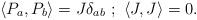
LaTeX: \begin{align*}\langle P_{a}, P_{b} \rangle = J \delta_{ab} \,\,; \,\, \langle J , J \rangle = 0.\end{align*}